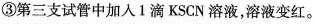
③第三支试管中加入1滴KSCN溶液，溶液变红。